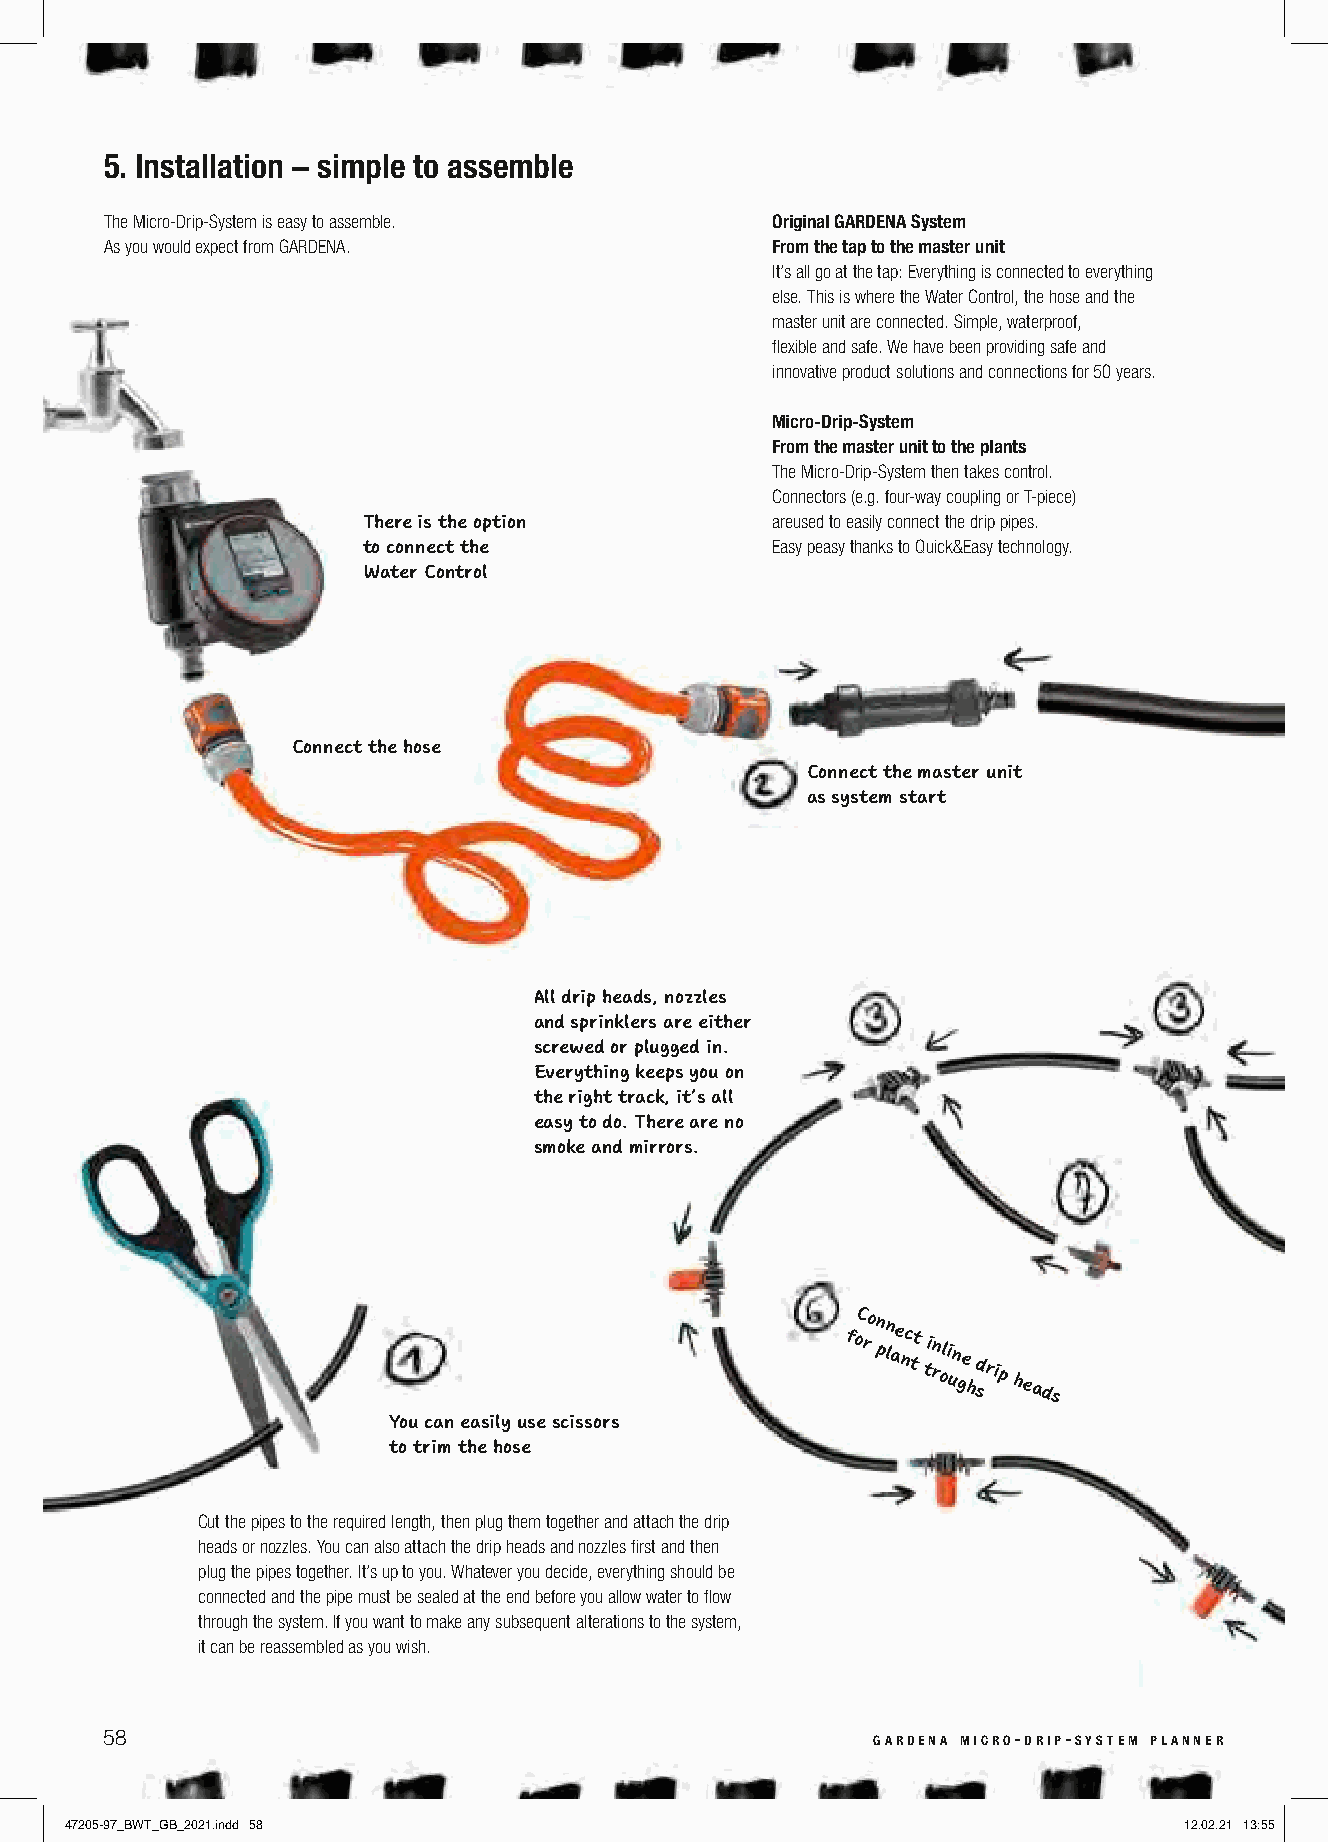
5. Installation – simple to assemble
 The Micro-Drip-System is easy to assemble.  Original GARDENA System
 As you would expect from GARDENA.           From the tap to the master unit
 It’s all go at the tap: Everything is connected to everything
 else. This is where the Water Control, the hose and the
 master unit are connected. Simple, waterproof,
 flexible and safe. We have been providing safe and
 innovative product solutions and connections for 50 years.
 Micro-Drip-System
 From the master unit to the plants
 The Micro-Drip-System then takes control.
 Connectors (e.g. four-way coupling or T-piece)
 There is the option        areused to easily connect the drip pipes.
 to connect the             Easy peasy thanks to Quick&Easy technology.
 Water Control
 Connect the hose
 Connect the master unit
 as system start
 All drip heads, nozzles
 and sprinklers are either
 screwed or plugged in.
 Everything keeps you on
 the right track, it’s all
 easy to do. There are no
 smoke and mirrors.
 foC ro n pn lae nc tt tin
 roli
 un ge
 h
 d srip
 heads
 You can easily use scissors
 to trim the hose
 Cut the pipes to the required length, then plug them together and attach the drip
 heads or nozzles. You can also attach the drip heads and nozzles first and then
 plug the pipes together. It’s up to you. Whatever you decide, everything should be
 connected and the pipe must be sealed at the end before you allow water to flow
 through the system. If you want to make any subsequent alterations to the system,
 it can be reassembled as you wish.
 58                                                 gardena micro-drip-system planner
 47205-97_BWT_GB_2021.indd 58                                              12.02.21 13:55